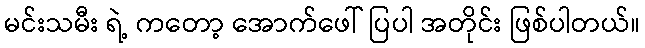
မင်းသမီး ရဲ့ ကတော့ အောက်ဖေါ် ပြပါ အတိုင်း ဖြစ်ပါတယ်။